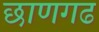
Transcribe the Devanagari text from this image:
छाणगढ